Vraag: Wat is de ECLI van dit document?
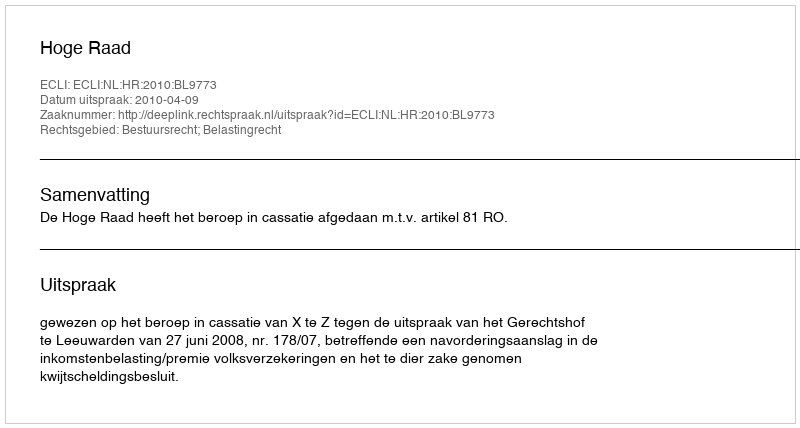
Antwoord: ECLI:NL:HR:2010:BL9773